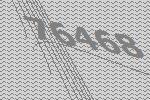
76468